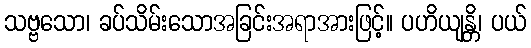
သဗ္ဗသော၊ ခပ်သိမ်းသောအခြင်းအရာအားဖြင့်။ ပဟိယျန္တိ၊ ပယ်